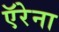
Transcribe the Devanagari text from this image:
ऍरेना